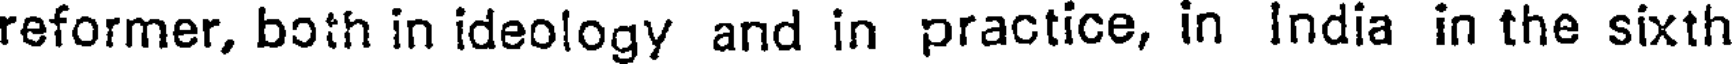
reformer, both in ideology and in practice, in India in the sixth